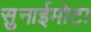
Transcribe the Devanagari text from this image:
सुनाईमोटा